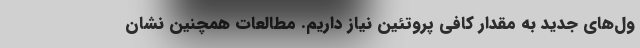
ول‌های جدید به مقدار کافی پروتئین نیاز داریم. مطالعات همچنین نشان